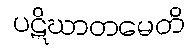
ပဋိဃာတမေတိ